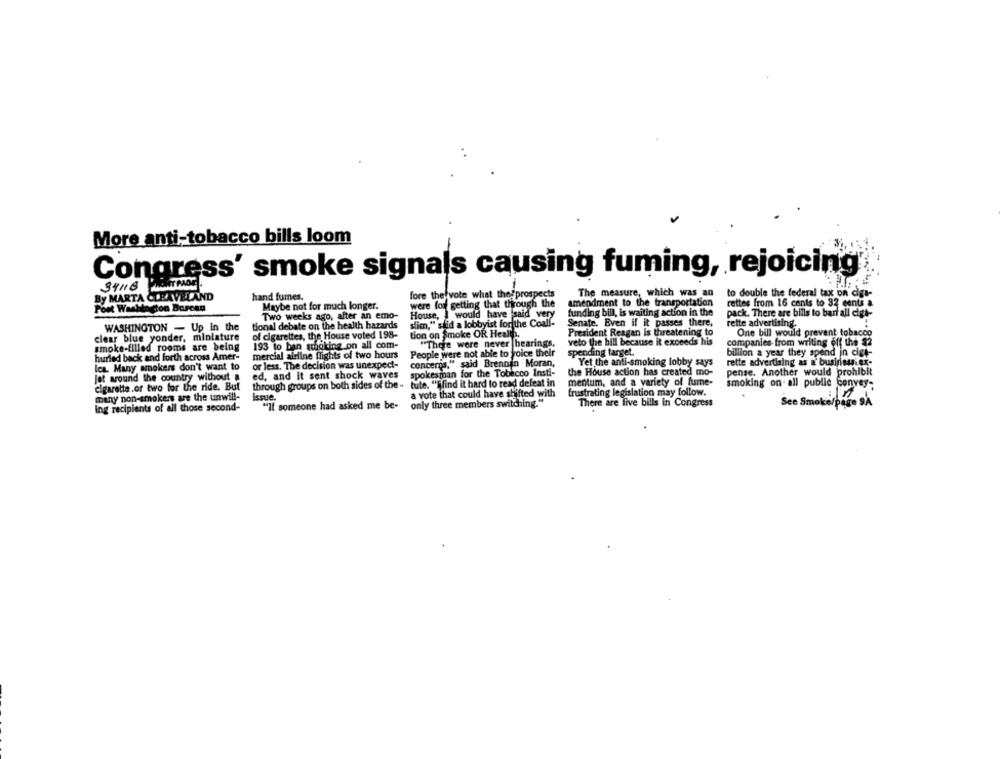
More anti-tobacco bills loom
Congress' smoke signals causing fuming, rejoicing
34118
By MARTA CLEAVELAND
hand fumes.
fore the vote what the prospects
The measure, which was an
to double the federal tax on diga-
were for getting that through the
amendment to the transportation
rettes from 16 cents to 32 cents a
Post Washington Burcan
Maybe not for much longer.
funding bill, is waiting action in the
Two weeks ago, after an emo-
House, I would have said very
pack. There are bills to barf all digt-
WASHINGTON - Up In the
tional debate on the health hazards
slim," said a lobbyist forthe Coall-
Senate, Even if it passes there,
rette advertising.
of cigarettes, the House voted 198-
tion on Smoke OR Health.
President Reagan Is threatening to
One bill would prevent tobacco
clear blue yonder, miniature
veto the bill because it exceeds his
companies from writing off the $2
smoke-filled rooms are being
193 to ban smoking on all com-
"There were never hearings,
hurled back and forth across Amer-
mercial airline flights of two hours
People were not able to voice their
spending target.
billion a year they spend in cigt-
or less. The decision was unexpect-
concerns," said Brennan Moran,
Yet the anti-smoking lobby says
rette advertising as a' busiricuiex-
Ica. Many smokers don't want to
spokesman for the Tobacco Insti-
the House action has created mo-
pense. Another would prohibit
Jat around the country without a
ed, and it sent shock waves
cigarette.or two for the ride. But
through groups on both sides of the - tute. "Tifind it hard to read defeat in
mentum, and a variety of fume-
smoking on all public convey-
issue
a vote that could have shifted with
frustrating legislation may follow.
many non-smokers are the unwill-
There are live bills in Congress
See Smoke/page 9A
ing recipients of all those second-
"If someone had asked me be-
only three members switching."